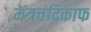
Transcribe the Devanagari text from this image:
मंत्रचंद्रिकाफ